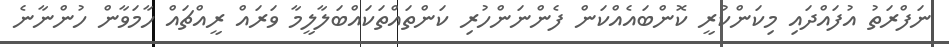
ނަފްރަތު އުފައްދައި މިކަންކުރީ ކޮންބައެއްކަން ފެންނަންހުރި ކަންތައްތަކައްބަލާލީމާ ވަރައް ރީއްޗައް ހާމަވާން ހުންނާނެ